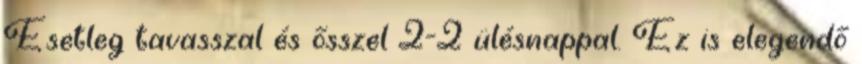
Esetleg tavasszal és ősszel 2-2 ülésnappal. Ez is elegendő